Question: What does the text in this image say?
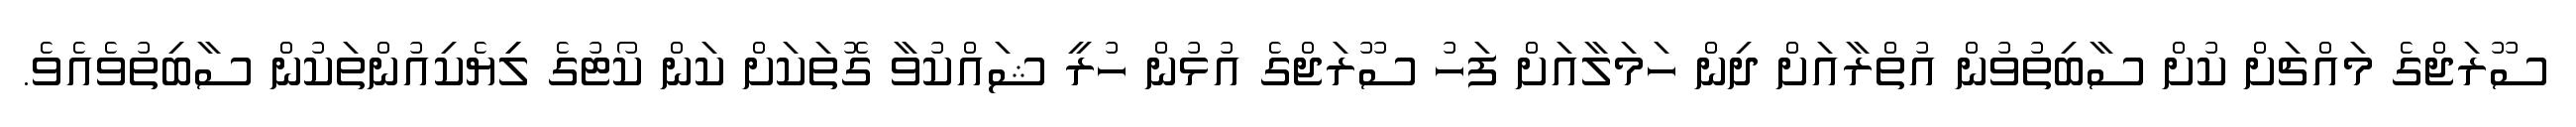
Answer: ސޫރަޖްގެ މައްޗަށް ކުށް ސާބިތުވުން އުތްރާއަށް ދިން ހަމަލާއަށް ފަހު ސޫރަޖްގެ އުޅުން ހުރީ ޝައްކުވާ ގޮތަކަށް ކަން ކޯޓުގެ ލިިޔެކިއުންތަކުން ސާބިތުވެއެވެ.